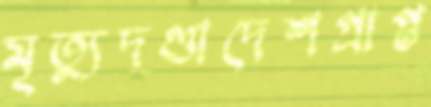
মৃত্যুদণ্ডাদেশপ্রাপ্ত